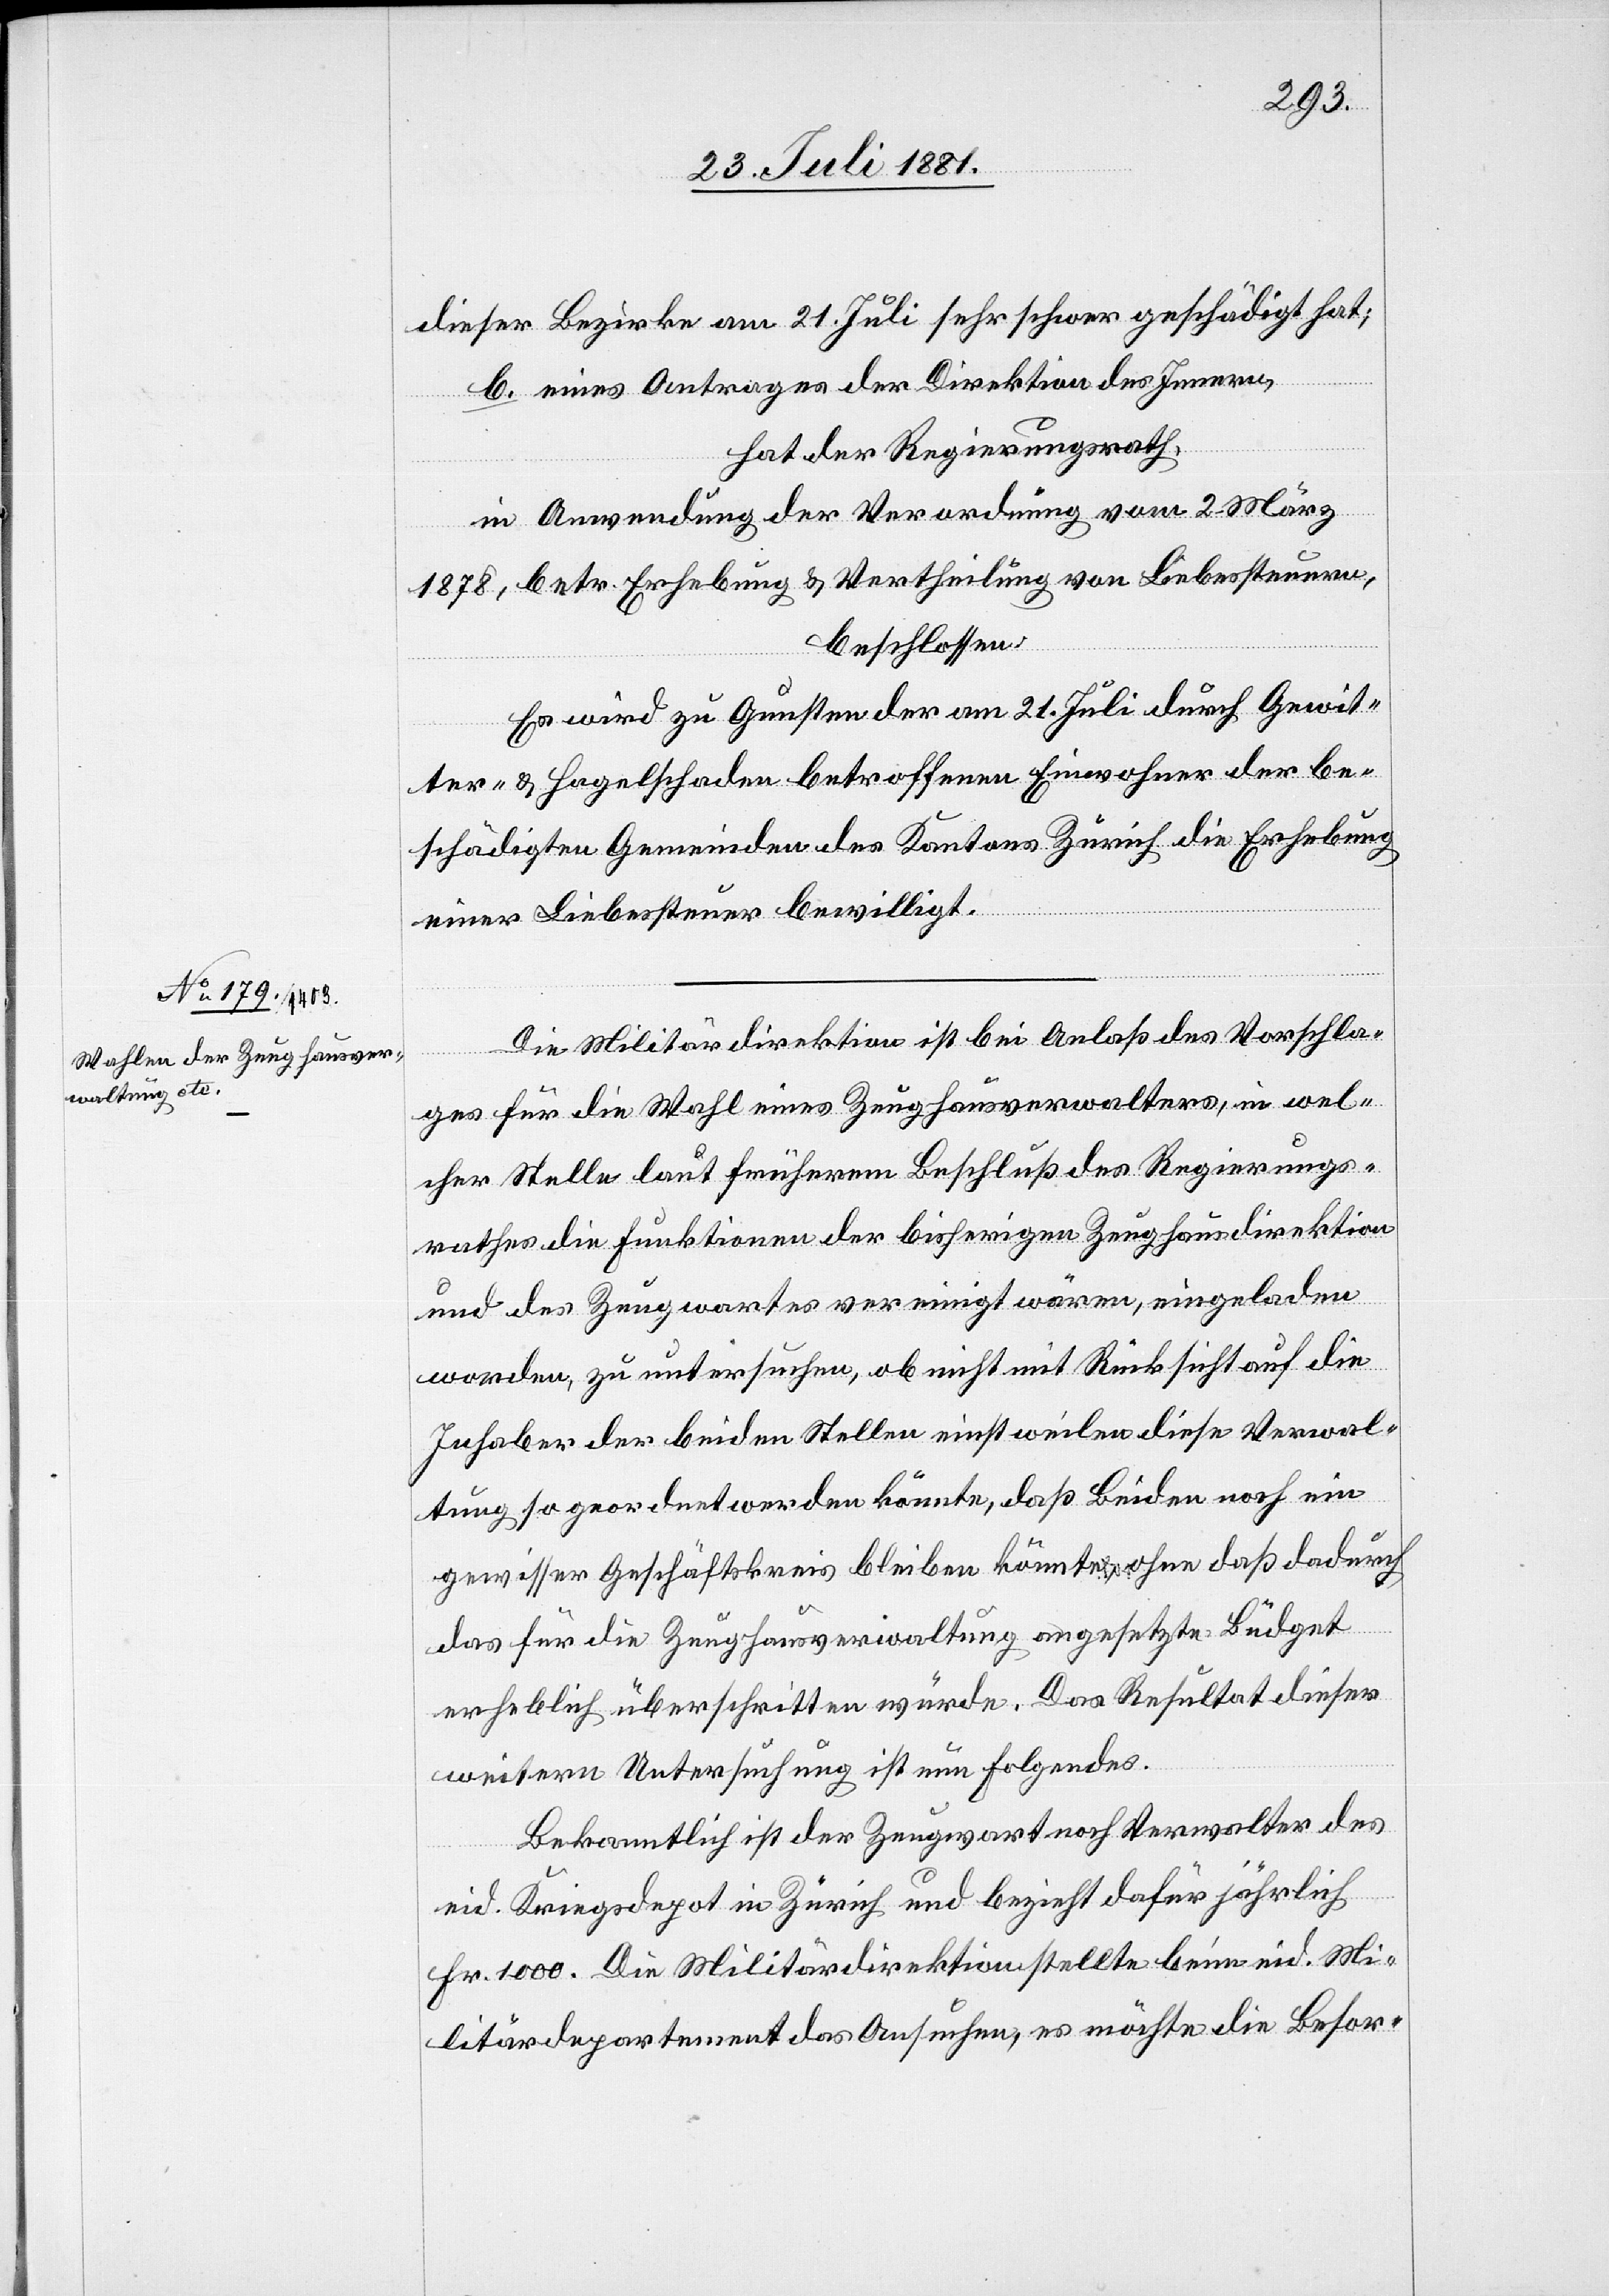
dieser Bezirke am 21. Juli sehr schwer geschädigt hat;
b. eines Antrages der Direktion des Innern,
hat der Regierungsrath,
in Anwendung der Verordnung vom 2. März
1878, betr. Erhebung & Vertheilung von Liebessteuern,
beschlossen:
Es wird zu Gunsten der am 21. Juli durch Gewit¬
ter- & Hagelschaden betroffenen Einwohner der be¬
schädigten Gemeinden des Kantons Zürich die Erhebung
einer Liebessteuer bewilligt.
Die Militärdirektion ist bei Anlaß des Vorschla¬
ges für die Wahl eines Zeughausverwalters, in wel¬
cher Stelle laut früherem Beschluß des Regierungs¬
rathes die Funktionen der bisherigen Zeughausdirektion
und des Zeugwartes vereinigt wären, eingeladen
worden, zu untersuchen, ob nicht mit Rücksicht auf die
Inhaber der beiden Stellen einstweilen diese Verwal¬
tung so geordnet werden könnte, daß Beiden noch ein
gewisser Geschäftskreis bleiben könnte, ohne daß dadurch
das für die Zeughausverwaltung angesetzte Budget
erheblich überschritten würde. Das Resultat dieser
weitern Untersuchung ist nun Folgendes.
Bekanntlich ist der Zeugwart noch Verwalter des
eid. Kriegsdepot in Zürich und bezieht dafür jährlich
Fr. 1000. Die Militärdirektion stellte beim eid. Mi¬
litärdepartement das Ansuchen, es möchte die Besor-